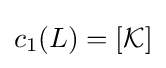
c_{1}(L)=[{\mathcal {K}}]